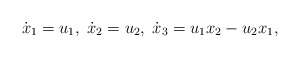
\begin{align*}\dot x_1= u_1,\; \dot x_2=u_2,\; \dot x_3 = u_1 x_2 - u_2 x_1,\end{align*}